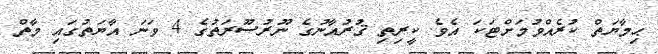
ޙިމާޔަތް ކުރެއްވުމަށްޓަކަ އެވެ. ކީރިތި ޤުރުއާނުގެ ނޫރުސޫރަތުގެ 4 ވަނަ އާޔަތުގައި މާތް